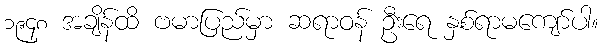
၁၉၄၈ အချိန်ထိ ဗမာပြည်မှာ ဆရာဝန် ဦးရေ နှစ်ရာမကျော်ပါ။